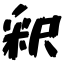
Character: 釈